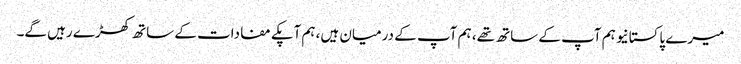
میرے پاکستانیو ہم آپ کے ساتھ تھے، ہم آپ کے درمیان ہیں، ہم آپکے مفادات کے ساتھ کھڑے رہیں گے۔